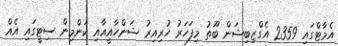
އެމާޓްގައި 2359 އެގްޒިބިޝަން ބޫތު މިފަހަރު ހުރިއިރު ޝަންހާއީއާއި ކަންމިން ސިޓީގައި އެއް